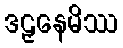
ဒဠှနေမိဿ